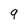
Character: 9